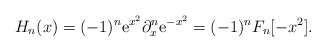
\begin{align*}H_n(x)=(-1)^n \mbox{e}^{x^2} \partial_x^n \mbox{e}^{-x^2} =(-1)^n F_n[-x^2].\end{align*}